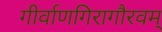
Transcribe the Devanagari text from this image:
गीर्वाणगिरागौरवम्